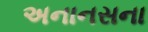
અનાનસના